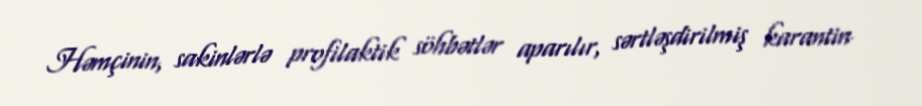
Həmçinin, sakinlərlə profilaktik söhbətlər aparılır, sərtləşdirilmiş karantin